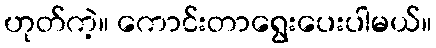
ဟုတ်ကဲ့။ ကောင်းတာရွေးပေးပါမယ်။